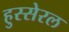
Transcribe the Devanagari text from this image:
हुस्सेरल